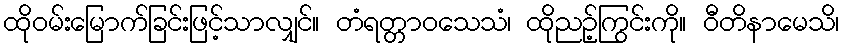
ထိုဝမ်းမြောက်ခြင်းဖြင့်သာလျှင်။ တံရတ္တာဝသေသံ၊ ထိုညဉ့်ကြွင်းကို။ ဝီတိနာမေသိ၊